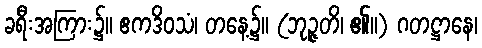
ခရီးအကြား၌။ ဧကဒိဝသံ၊ တနေ့၌။ (ဘုဉ္ဇတိ၊ ၏။) ဂတဋ္ဌာနေ၊